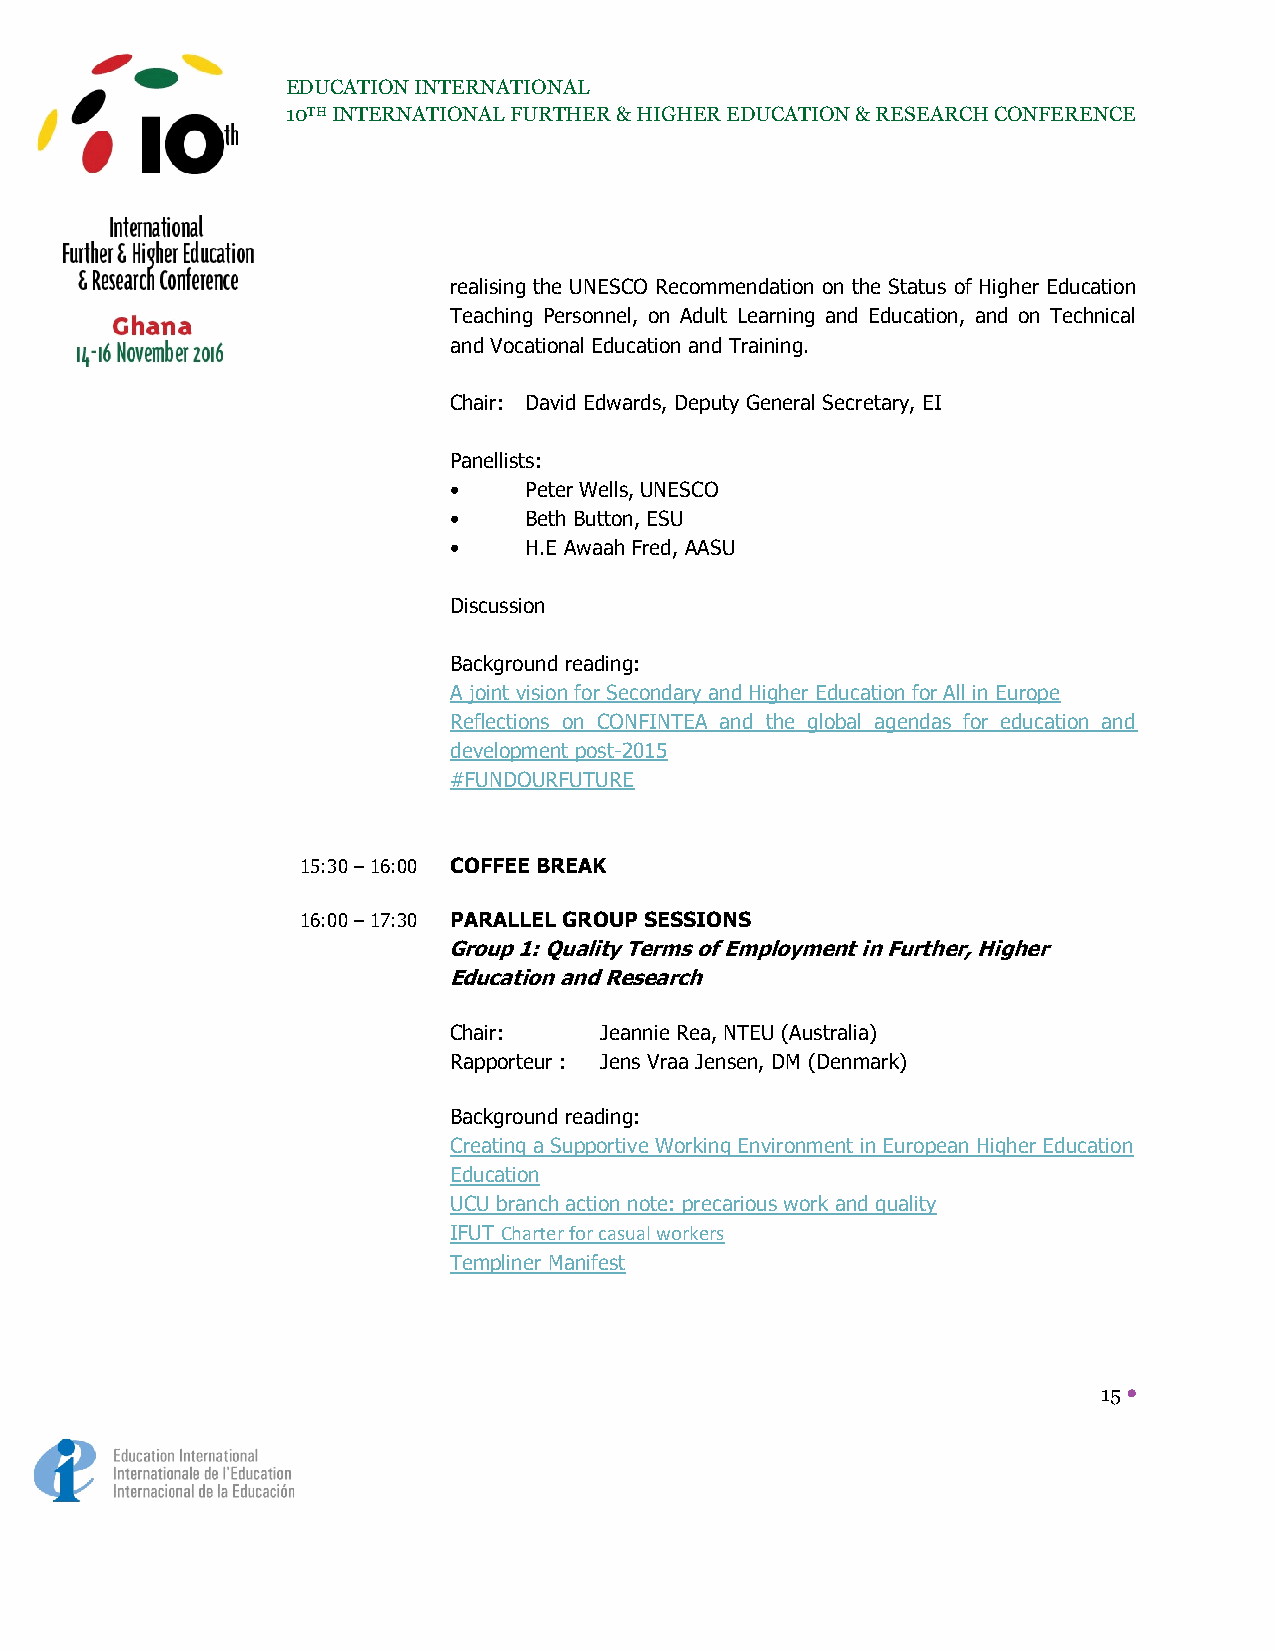
EDUCATION INTERNATIONAL
 10TH INTERNATIONAL FURTHER & HIGHER EDUCATION & RESEARCH CONFERENCE
 realising the UNESCO Recommendation on the Status of Higher Education
 Teaching Personnel, on Adult Learning and Education, and on Technical
 and Vocational Education and Training.
 Chair: David Edwards, Deputy General Secretary, EI
 Panellists:
 •    Peter Wells, UNESCO
 •    Beth Button, ESU
 •    H.E Awaah Fred, AASU
 Discussion
 Background reading:
 A joint vision for Secondary and Higher Education for All in Europe
 Reflections on CONFINTEA and the global agendas for education and
 development post-2015
 #FUNDOURFUTURE
 15:30 – 16:00 COFFEE BREAK
 16:00 – 17:30 PARALLEL GROUP SESSIONS
 Group 1: Quality Terms of Employment in Further, Higher
 Education and Research
 Chair:    Jeannie Rea, NTEU (Australia)
 Rapporteur : Jens Vraa Jensen, DM (Denmark)
 Background reading:
 Creating a Supportive Working Environment in European Higher Education
 Education
 UCU branch action note: precarious work and quality
 IFUT Charter for casual workers
 Templiner Manifest
 15 